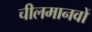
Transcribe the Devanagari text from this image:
चीलमानवों